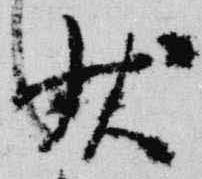
状